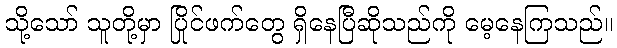
သို့သော် သူတို့မှာ ပြိုင်ဖက်တွေ ရှိနေပြီဆိုသည်ကို မေ့နေကြသည်။